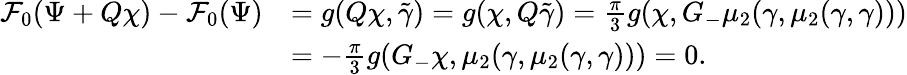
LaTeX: \begin{array}{rl}{\mathcal{F}_{0}(\Psi+Q\chi)-\mathcal{F}_{0}(\Psi)}&{=g(Q\chi,\tilde{{\gamma}})=g(\chi,Q\tilde{{\gamma}})=\frac\pi 3g(\chi,G_{-}\mu_{2}({\gamma},\mu_{2}({\gamma},{\gamma})))}\\ &{=-\frac\pi 3g(G_{-}\chi,\mu_{2}({\gamma},\mu_{2}({\gamma},{\gamma})))=0.}\end{array}